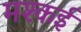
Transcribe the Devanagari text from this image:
मश्कई